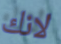
لانك